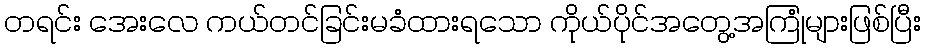
တရင်း အေးလေ ကယ်တင်ခြင်းမခံထားရသော ကိုယ်ပိုင်အတွေ့အကြုံများဖြစ်ပြီး